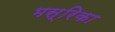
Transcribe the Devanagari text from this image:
भस्रिका